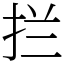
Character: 拦